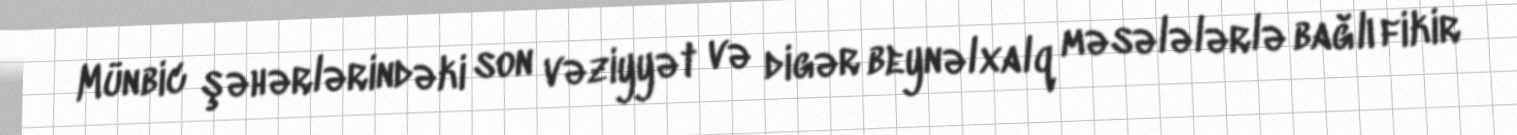
Münbic şəhərlərindəki son vəziyyət və digər beynəlxalq məsələlərlə bağlı fikir